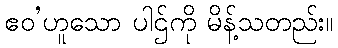
ဧဝ’ဟူသော ပါဌ်ကို မိန့်သတည်း။